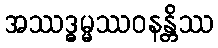
အဿဒ္ဓမ္မဿဝနန္တိဿ